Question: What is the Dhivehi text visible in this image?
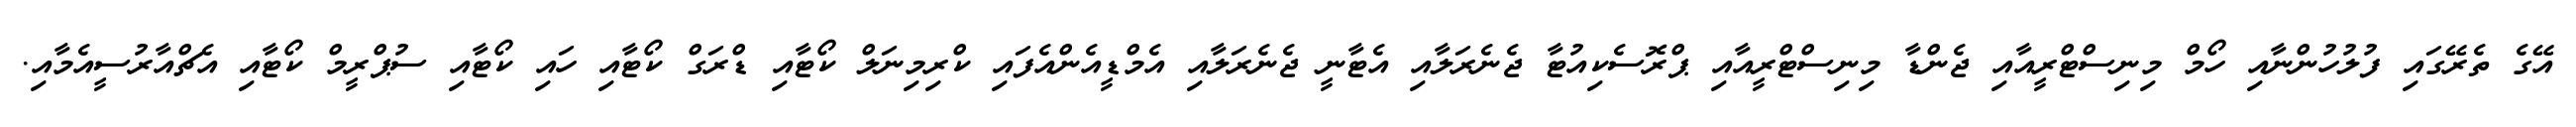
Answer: އޭގެ ތެރޭގައި ފުލުހުންނާއި ހޯމް މިނިސްޓްރީއާއި ޖެންޑާ މިނިސްޓްރީއާއި ޕްރޮސެކިއުޓާ ޖެނެރަލާއި އެޓާނީ ޖެނެރަލާއި އެމްޑީއެންއެފައި ކްރިމިނަލް ކޯޓާއި ޑްރަގް ކޯޓާއި ހައި ކޯޓާއި ސުޕްރީމް ކޯޓާއި އެޗްއާރުސީއެމާއި.